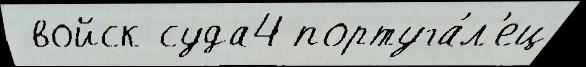
 войск суда4 португа́л'ец